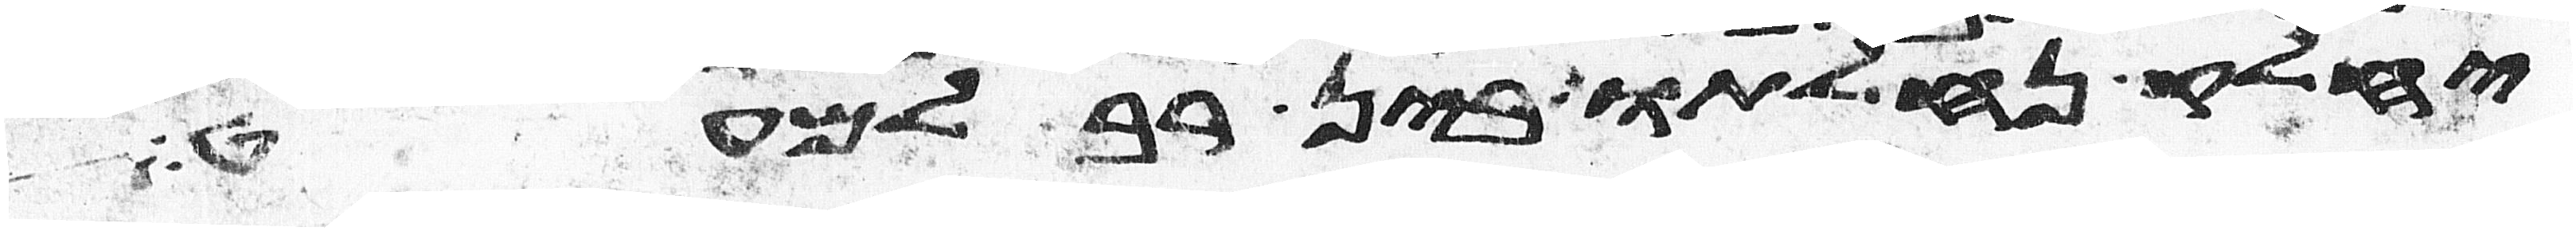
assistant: יחלק נחלתו בין רב למעט